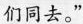
们同去。”